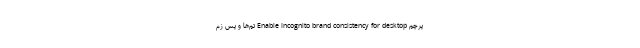
پرچم Enable Incognito brand consistency for desktop تم‌ها و پس زم